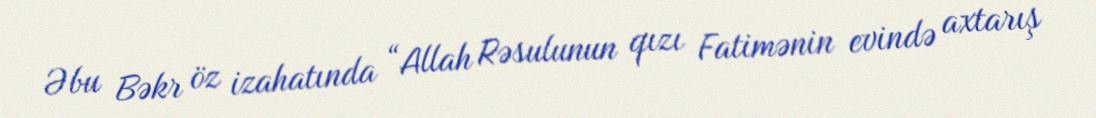
Əbu Bəkr öz izahatında “Allah Rəsulunun qızı Fatimənin evində axtarış